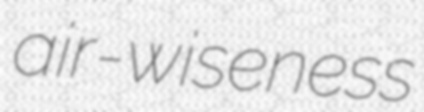
air-wiseness